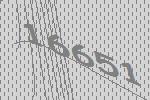
16651